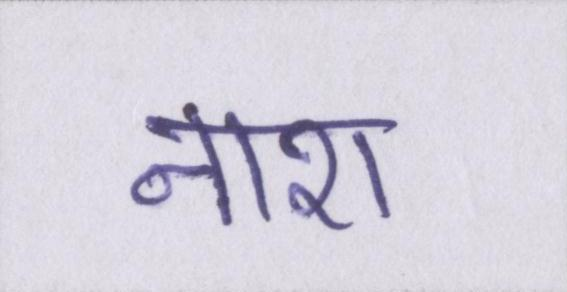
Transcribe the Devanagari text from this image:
नाश